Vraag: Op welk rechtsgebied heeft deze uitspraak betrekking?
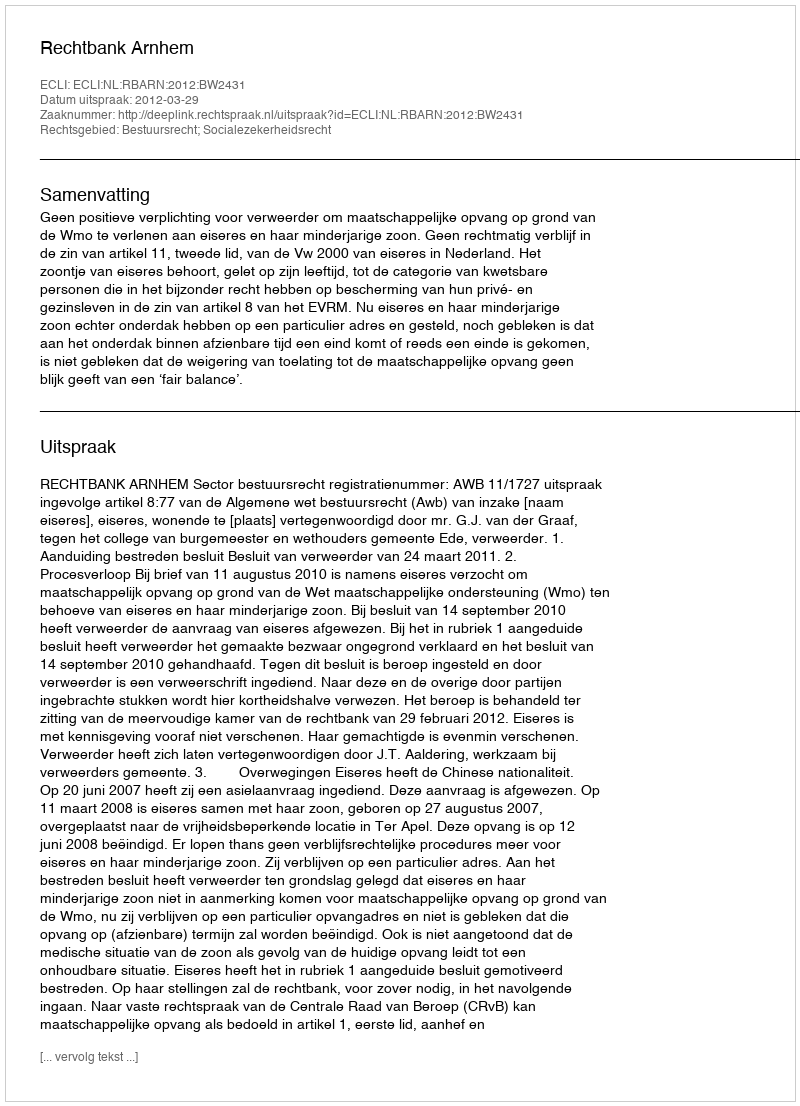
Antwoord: Bestuursrecht; Socialezekerheidsrecht